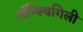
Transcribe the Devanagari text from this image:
अंग्क्विगिली